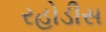
રહોડીસ